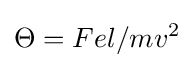
\Theta =Fel/mv^{2}